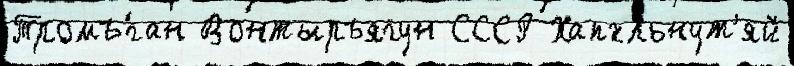
Тромъ́ган Вонтыръягун СССР Хапхльнут'яй